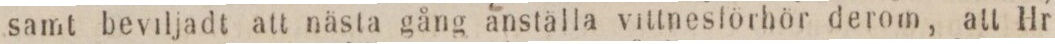
samt beviljadt att nästa gång anställa vittnesförhör derom, att Hr